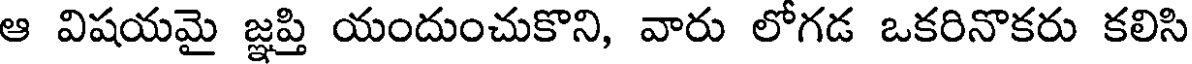
ఆ విషయమై జ్ఞప్తి యందుంచుకొని, వారు లోగడ ఒకరినొకరు కలిసి